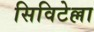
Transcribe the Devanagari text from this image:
सिविटेल्ला